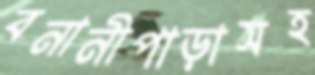
বনানীপাড়াসহ